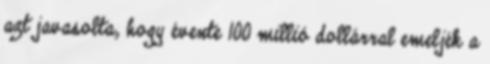
azt javasolta, hogy évente 100 millió dollárral emeljék a